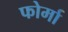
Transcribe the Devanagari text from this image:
फोर्मा